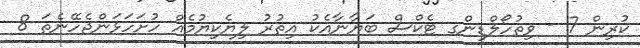
ކުރިން 7 - ވިތުހޯލްޑިންގ ޓެކްސް ބަޔާނާއެކު އިތުރު ލިޔެކިޔުމެއް ހުށަހަޅަންޖެހޭނެތަ 8